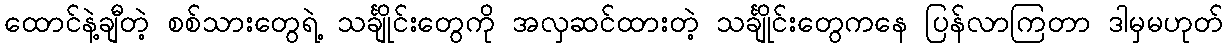
ထောင်နဲ့ချီတဲ့ စစ်သားတွေရဲ့ သင်္ချိုင်းတွေကို အလှဆင်ထားတဲ့ သင်္ချိုင်းတွေကနေ ပြန်လာကြတာ ဒါမှမဟုတ်